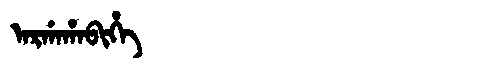
Manchu: ᠠᡵᡤᠠᡥᠠᠪᡳᡥᡝ
Romanization: ARGAHABIHE